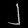
Digit: ၂